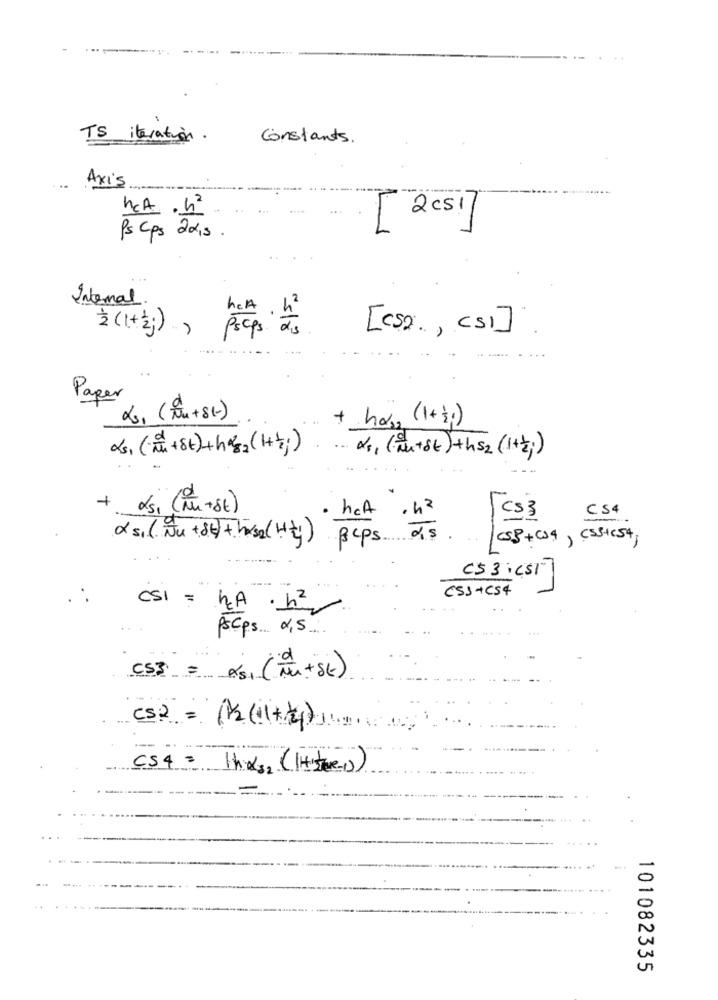
TS iteration .
constants.
Axis
hcA . h2
2Cs!
T
Ps Cps 2019.
Internal
立(1+2))
3/8
[ CS2 ., [1]
proPS Ts
Paper
2s, (Tou+81)
+ hos (1+3;)
xs1 (++St)+hs2 (1+2);)
+ ds. (AU- St)
het
CS4
. h2
cs3
xs1(NU +86) + horse (Ht)
Bcps Ts
(53+34) CSS+C54
C53:451]
CSS+CS4
CSI = KA . 12
Pscps ... , s ....
CS3 = 251 (TU +SE)
CS2= 11(1+a) .......
---
CS4 = Hhx32 (Hite-1)
101082335